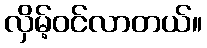
လှိမ့်ဝင်လာတယ်။